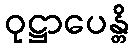
ဝုဋ္ဌာပေန္တိ